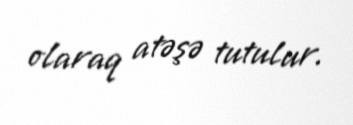
olaraq atəşə tutulur.